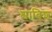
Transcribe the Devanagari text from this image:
श्वाबिश